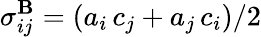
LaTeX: \sigma_{ij}^{\mathbf{B}}=\left(a_{i}\, c_{j}+a_{j}\, c_{i}\right)/2